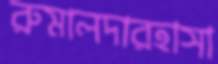
রুমালদারহাসা